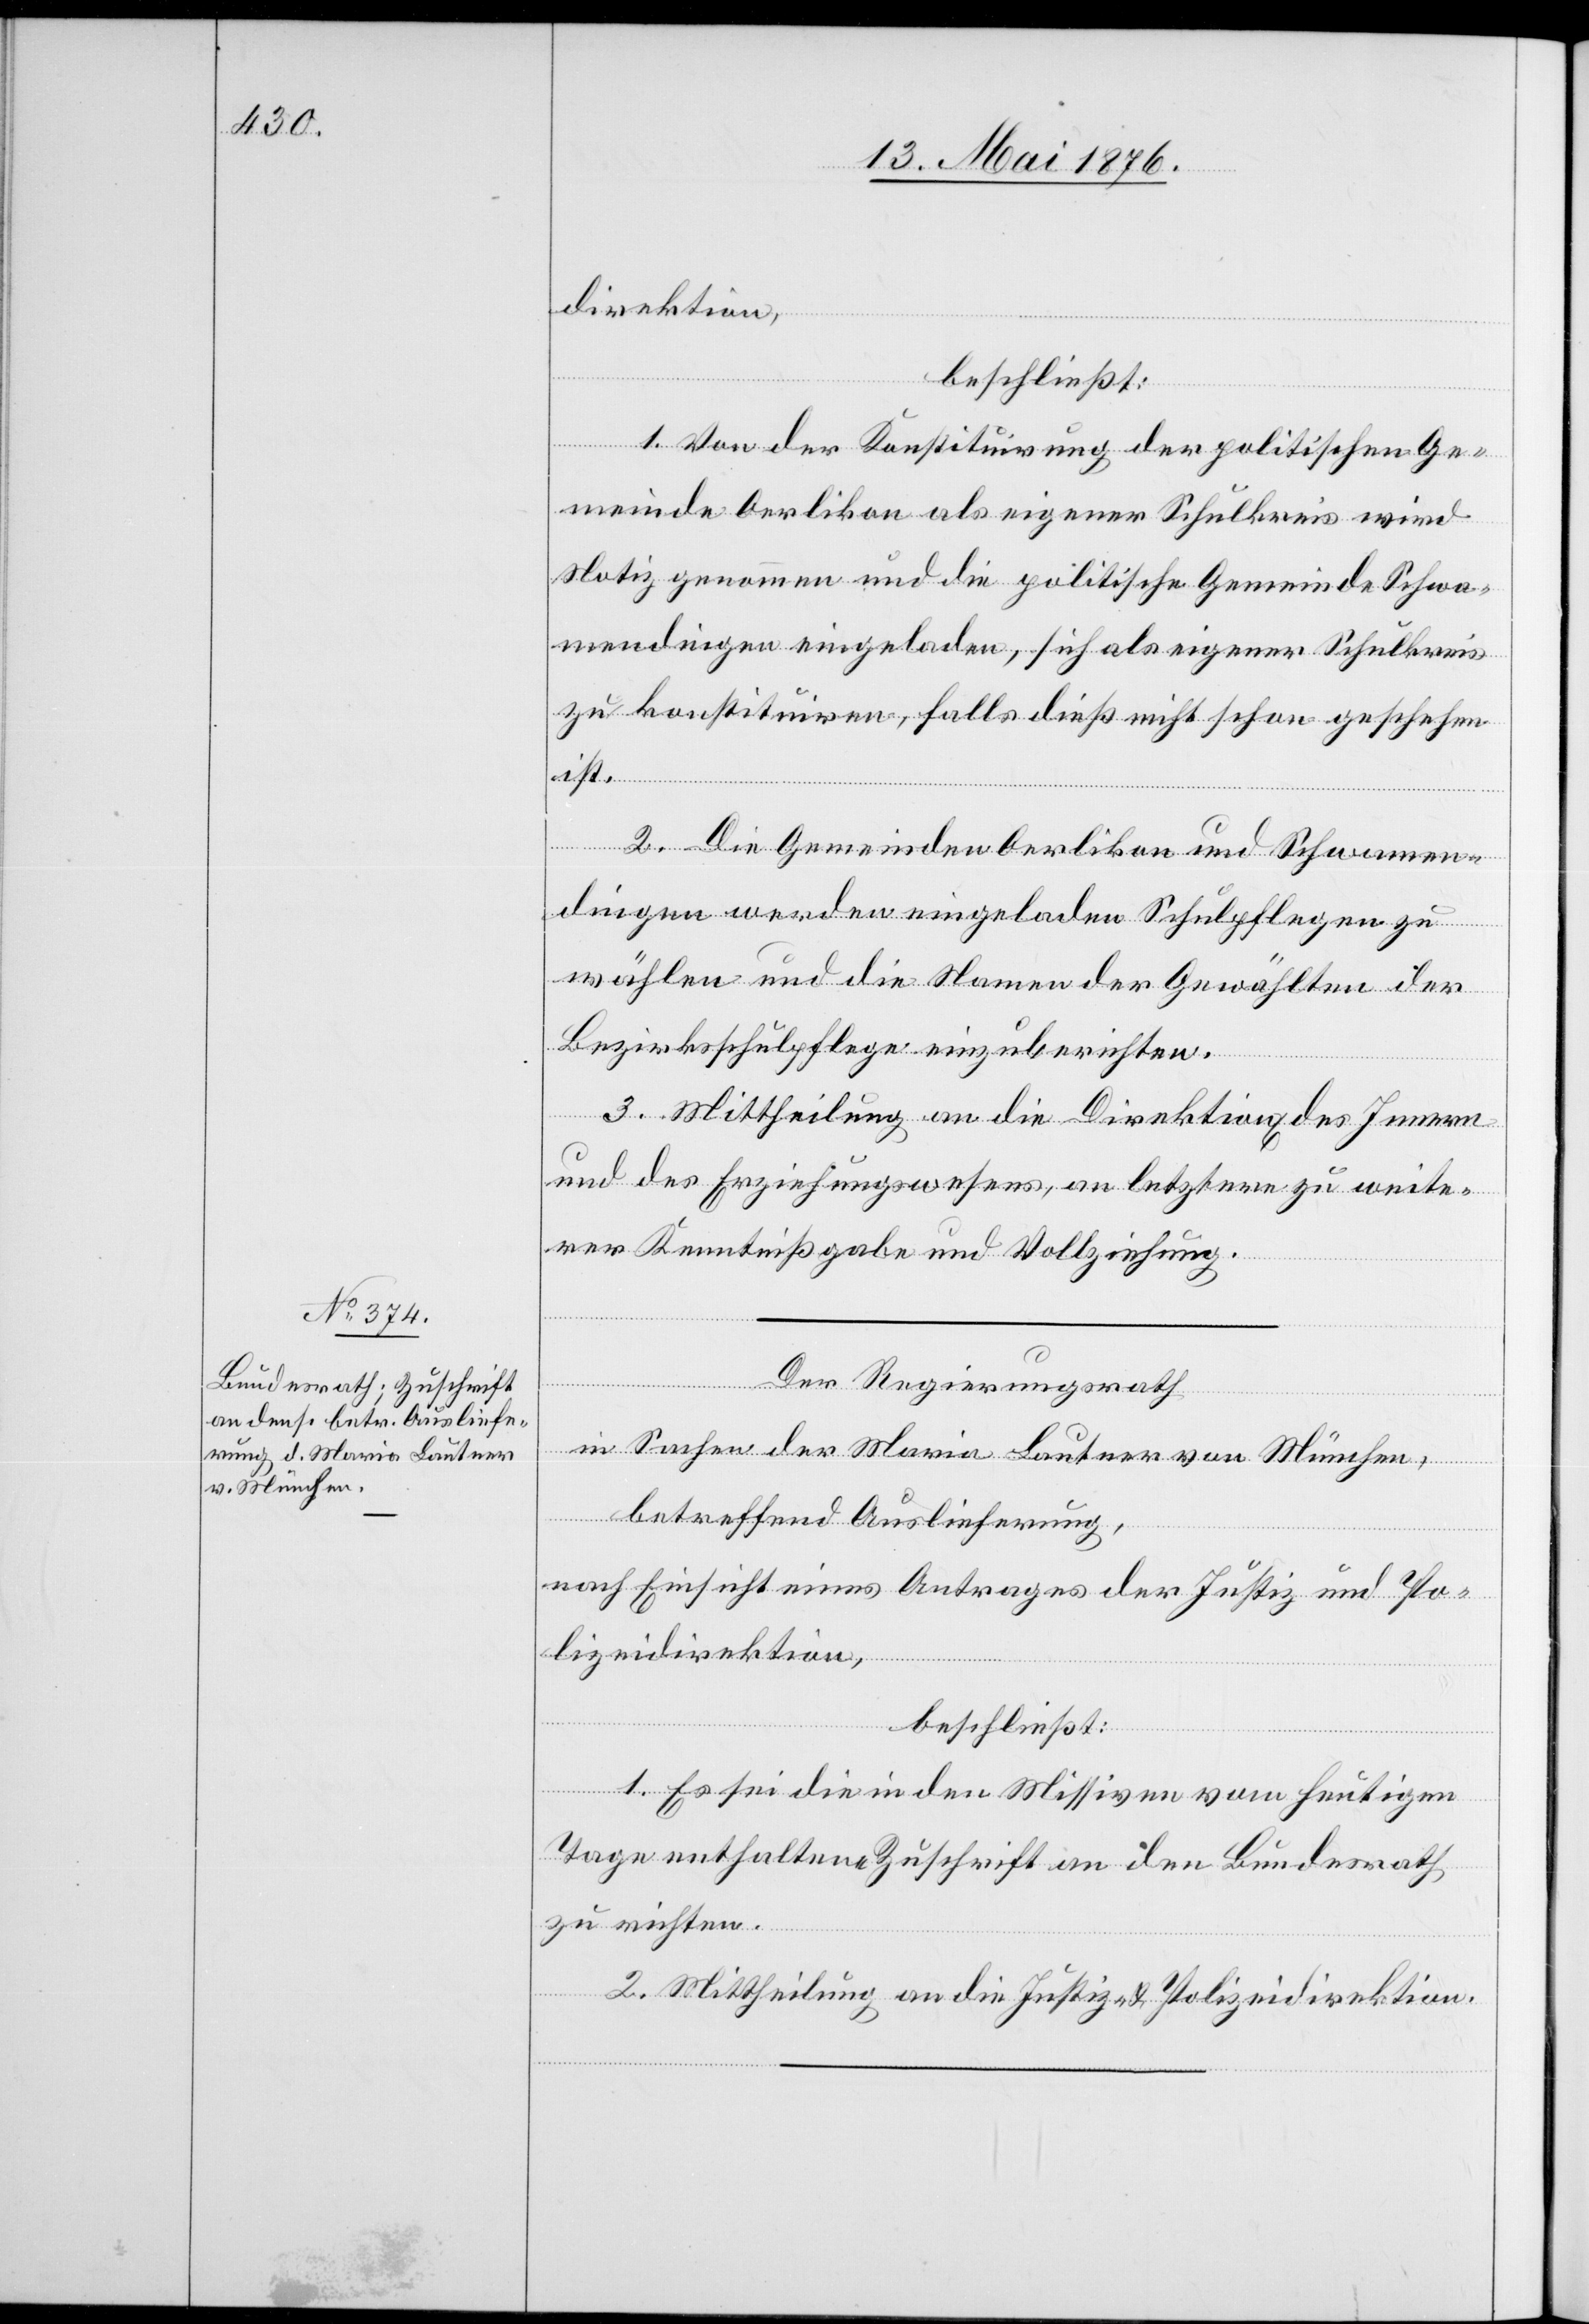
Direktion
beschließt:
1. Von der Konstituirung der politischen Ge¬
meinde Oerlikon als eigener Schulkreis wird
Notiz genommen und die politische Gemeinde Schwa¬
mendingen eingeladen, sich als eigener Schulkreis
zu konstituiren, falls dies nicht schon geschehen
sicht eines
Antrages
2. Die Gemeinden Oerlikon und Schwamen¬
dingen werden eingeladen Schulpflegen zu
wählen und die Namen der Gewählten der
Bezirksschulpflege einzuberichten.
3. Mittheilung an die Direktionen des Innern
und des Erziehungswesens, an letztere zu weite¬
rer Kenntnißgabe und Vollziehung.
Der Regierungsrath
in Sachen der Maria Lautner von München,
betreffend Auslieferung,
izei,
beschließt:
1. Es sei die in den Missiven vom heutigen
Tage enthaltene Zuschrift an den Bundesrath
zu richten.
Pol¬
2. Mittheilung an die Justiz- & Polizeidirektion.